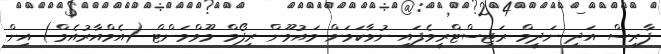
ފާރިސް އަދި ނަދީމް ރަޖިސްޓްރީވެފައި ނުވާކަމަށް މައުމޫން ރިފޯމް މޫވްމަންޓް (އެމްއާރުއެމް) އިން